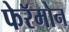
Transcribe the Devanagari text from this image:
फेरॅमोन